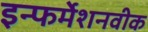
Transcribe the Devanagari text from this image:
इन्फर्मेशनवीक